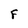
Character: F